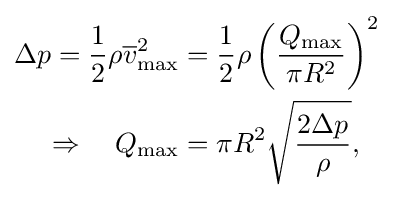
{\begin{aligned}\Delta p={\frac {1}{2}}\rho {\overline {v}}_{\text{max}}^{2}&={\frac {1}{2}}\rho \left({\frac {Q_{\text{max}}}{\pi R^{2}}}\right)^{2}\\\Rightarrow \quad Q_{\max }{}&=\pi R^{2}{\sqrt {\frac {2\Delta p}{\rho }}},\end{aligned}}